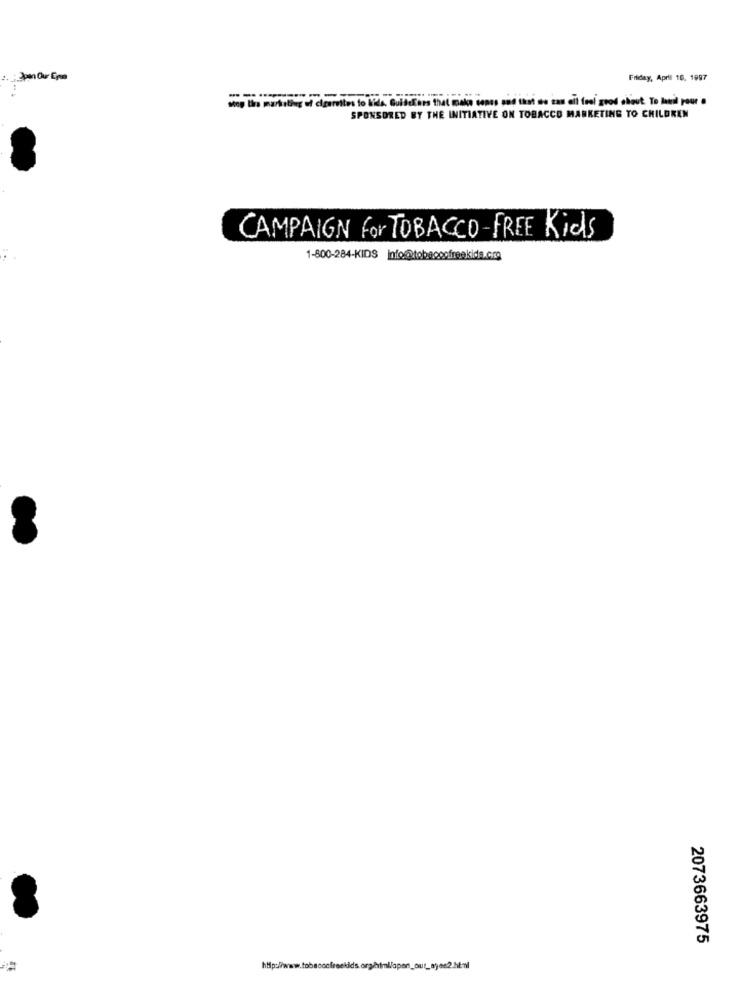
Friday, April 16, 1997
stop lira marketing of cigarettes to kids. GuideEers that make conus and that de can cit feel good chiout. To latil pour .
SPONSORED BY THE INITIATIVE ON TOBACCO MARKETING TO CHILDREN
CAMPAIGN for TOBACCO-FREE Kids
1-800-284-KIDS info@tobeppofreekids.cmg
2073663975